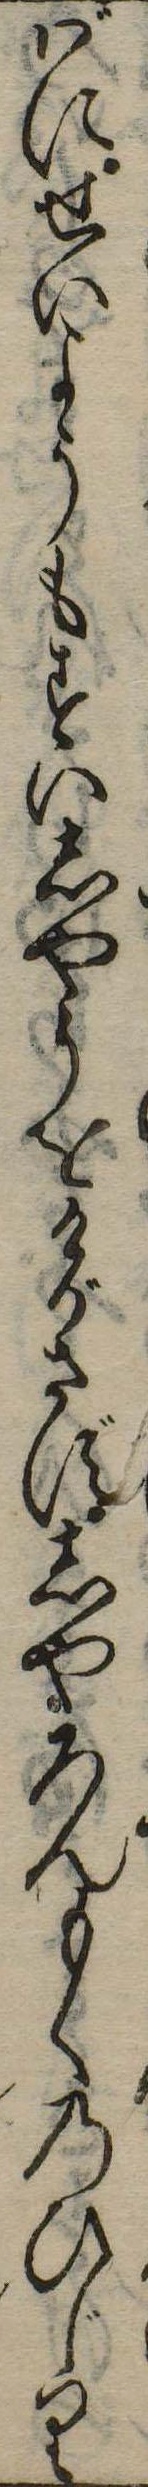
ばにせいようもすはしやうをけがさずしやろんもくのひじり